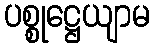
ပစ္စုဋ္ဌေယျာမ